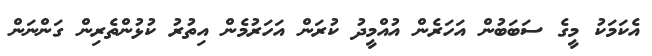
އެކަމަކު މީގެ ސަބަބުން އަހަރެން އުއްމީދު ކުރަން އަހަރުމެން އިތުރު ކުޅުންތެރިން ގަންނަން